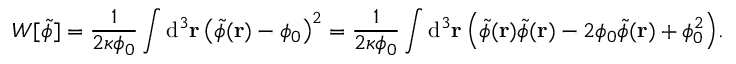
W [ \tilde { \phi } ] = \frac { 1 } { 2 \kappa \phi _ { 0 } } \int \mathrm { d } ^ { 3 } \mathbf { r } \, \big ( \tilde { \phi } ( \mathbf { r } ) - \phi _ { 0 } \big ) ^ { 2 } = \frac { 1 } { 2 \kappa \phi _ { 0 } } \int \mathrm { d } ^ { 3 } \mathbf { r } \, \Big ( \tilde { \phi } ( \mathbf { r } ) \tilde { \phi } ( \mathbf { r } ) - 2 \phi _ { 0 } \tilde { \phi } ( \mathbf { r } ) + \phi _ { 0 } ^ { 2 } \Big ) .